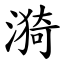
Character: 漪